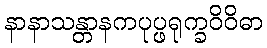
နာနာသန္တာနကပုပ္ဖရုက္ခဝိဝိဓာ